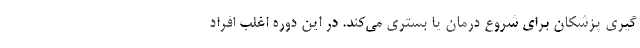
گیری پزشکان برای شروع درمان یا بستری می‌کند. در این دوره اغلب افراد